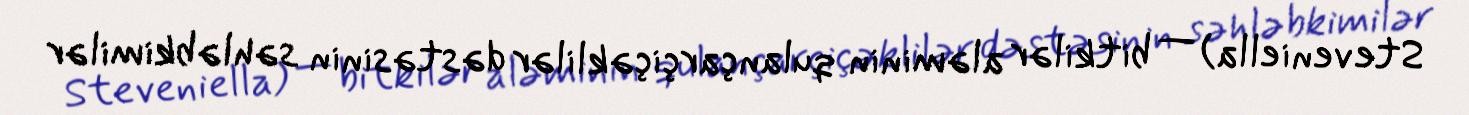
Steveniella) — bitkilər aləminin qulançarçiçəklilər dəstəsinin səhləbkimilər